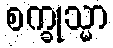
စက္ခုသ္မာ